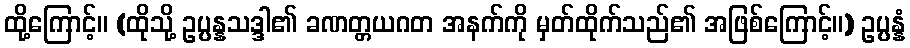
ထို့ကြောင့်။ (ထိုသို့ ဥပ္ပန္နသဒ္ဒါ၏ ခဏတ္တယဂတ အနက်ကို မှတ်ထိုက်သည်၏ အဖြစ်ကြောင့်။) ဥပ္ပန္နံ